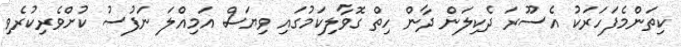
ކިތަންމެފަހަރަކު އެސޫރަ ދެކިލަން ދާން ހިތް ގޮވާލިކަމުގައި ވިޔަސް އަމިއްލަ ނަފުސު ކުށްވެރިކުރެވި